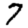
Digit: 7